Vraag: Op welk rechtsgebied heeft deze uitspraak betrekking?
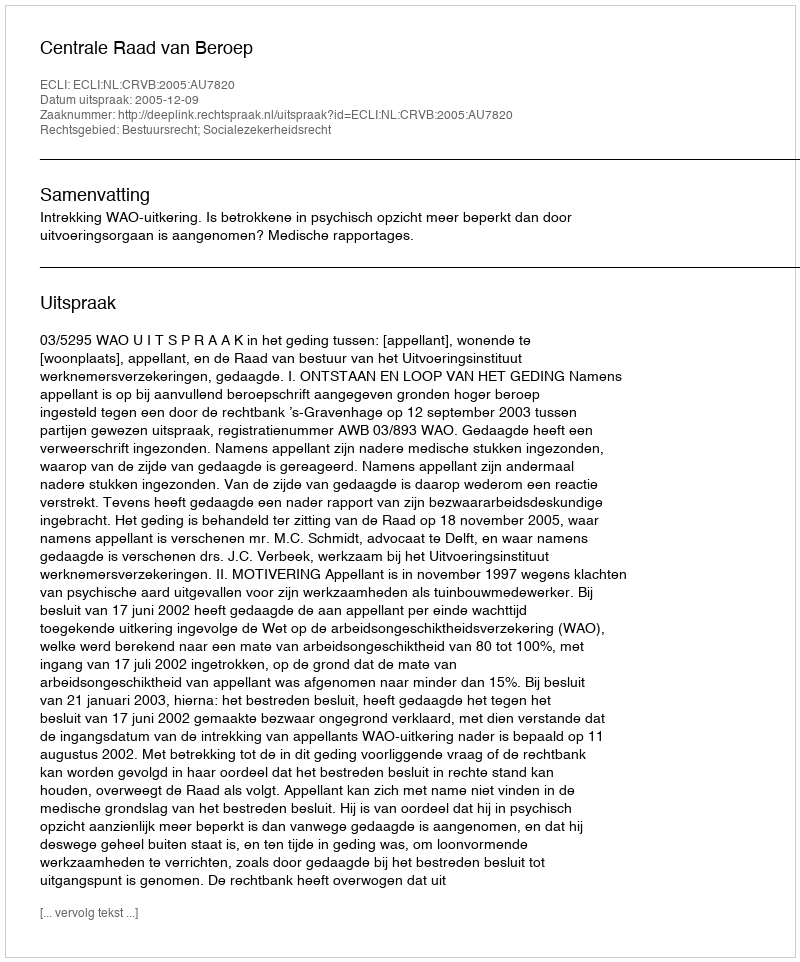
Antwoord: Bestuursrecht; Socialezekerheidsrecht